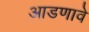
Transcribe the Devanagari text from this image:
आडणावे